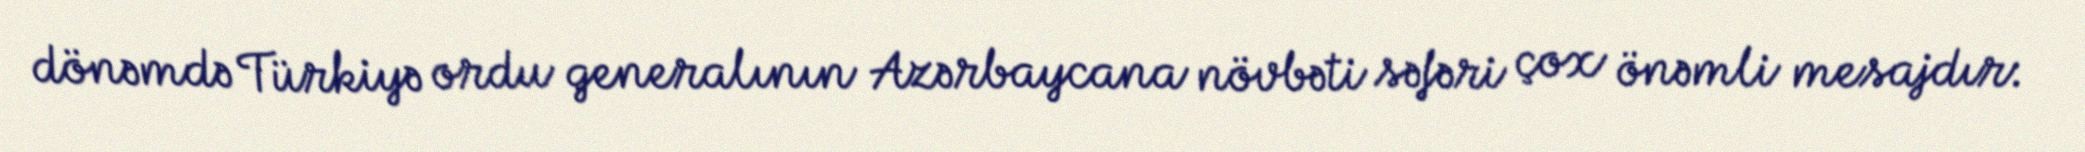
dönəmdə Türkiyə ordu generalının Azərbaycana növbəti səfəri çox önəmli mesajdır: